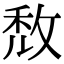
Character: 𢽈